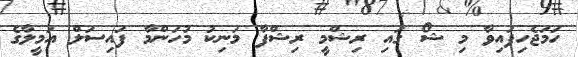
ހަމަޖެހިފައިވާ މި ޝޯ ގައި ރިޝްމީ ރިޝްފާ މަނިކު މުހަންމާ ފައިސަލް އަމީލާގެ